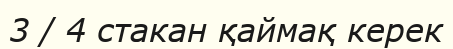
3 / 4 стакан қаймақ керек